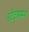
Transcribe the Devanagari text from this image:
स्टेट्समन